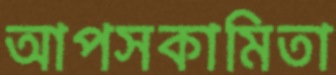
আপসকামিতা